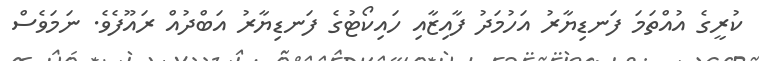
ކުރީގެ އުއްތަމަ ފަނޑިޔާރު އަހުމަދު ފާއިޒާއި ހައިކޯޓުގެ ފަނޑިޔާރު އަބްދުއް ރައޫފެވެ. ނަމަވެސް